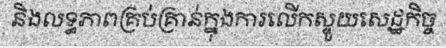
និងលទ្ធភាពគ្រប់គ្រាន់ក្នុងការលើកស្ទួយសេដ្ឋកិច្ច